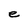
Character: e